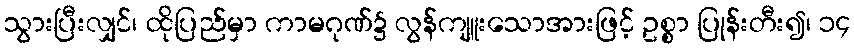
သွားပြီးလျှင်၊ ထိုပြည်မှာ ကာမဂုဏ်၌ လွန်ကျူးသောအားဖြင့် ဥစ္စာ ပြုန်းတီး၍၊ ၁၄